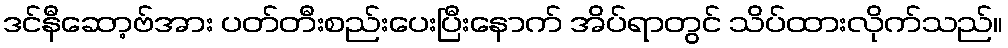
ဒင်နီဆော့ဗ်အား ပတ်တီးစည်းပေးပြီးနောက် အိပ်ရာတွင် သိပ်ထားလိုက်သည်။